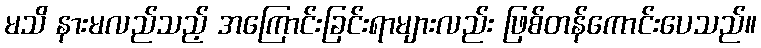
မသိ နားမလည်သည့် အကြောင်းခြင်းရာများလည်း ဖြစ်တန်ကောင်းပေသည်။